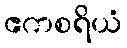
ဧကစရိယံ